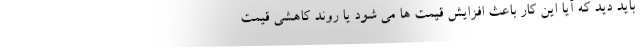
باید دید که آیا این کار باعث افزایش قیمت ها می شود یا روند کاهشی قیمت